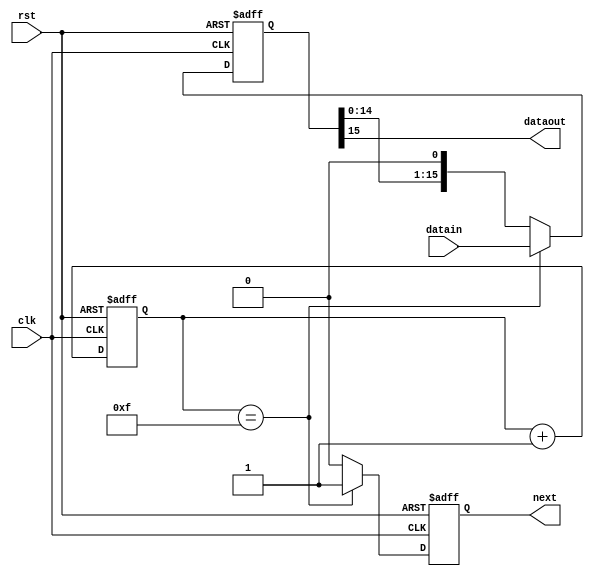
//16-1 Parrellel to serial output
//Next signal tells when a word has been complete sent and the new datain is
//being loaded
module SER (
   input rst, clk,
   input [15:0] datain,
   output next,
   output dataout
);

reg [15:0] shift_reg;
reg [ 3:0] count;
reg next_i;

always @ (posedge clk or posedge rst) begin
   if (rst) begin
      shift_reg <= 16'h0000;
      count     <=  4'hF;
      next_i    <=  1'b0;
   end
   else begin
      if(count == 4'd15) begin
         shift_reg <= datain;
         next_i    <= 1'b1;
      end
      else begin
         shift_reg <= {shift_reg[14:0], 1'b0};
         next_i    <= 1'b0;
      end
      count <= count + 1;
   end
end

assign next = next_i;
assign dataout = shift_reg[15];

endmodule